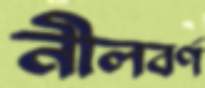
নীলবর্ণ